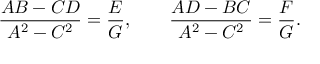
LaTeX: { \frac { A B - C D } { A ^ { 2 } - C ^ { 2 } } } = { \frac { E } { G } } , \qquad { \frac { A D - B C } { A ^ { 2 } - C ^ { 2 } } } = { \frac { F } { G } } .